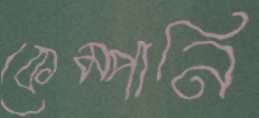
কেম্পানি